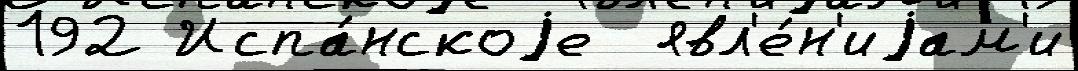
192 Испа́нскоjе  явл'е́н'иjам'и